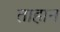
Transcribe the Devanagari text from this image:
ताहान